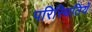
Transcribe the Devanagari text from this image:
परिस्थितियें